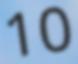
10